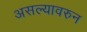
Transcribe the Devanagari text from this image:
असल्यावरुन